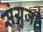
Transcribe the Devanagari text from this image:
संयुजी